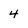
Character: 4